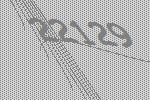
22129